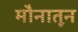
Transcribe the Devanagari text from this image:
मौनातून